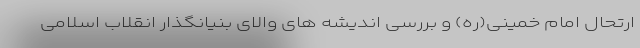
ارتحال امام خمینی(ره) و بررسی اندیشه های والای بنیانگذار انقلاب اسلامی